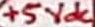
Text: +5Vdc